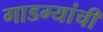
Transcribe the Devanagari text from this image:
गाडग्यांची